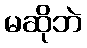
မဆိုဘဲ